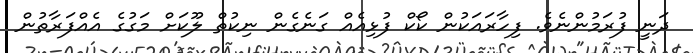
ދަނީ ފުރަމުންނެވެ. ފިހާރައަކުން ކޯކް ފުޅިއެއް ގަނެގެން ނިކުތް ލޫކަށް މަގުގެ އެއްފަރާތުން